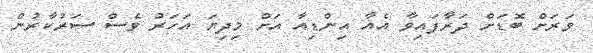
ވަރަށް ބޮޑަށް ދަރާފައިވާ އެއާ އިންޑިއާ އަށް މިދިޔަ އަހަރު ވެސް ސަރުކާރުން